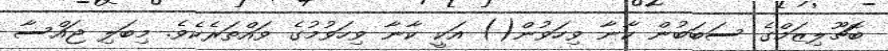
ބޮޗޫލިޒަމްގެ ސަބަބުން ކާނާ ވިހަވުން() އަކީ ކާނާ ވިހަވުމުގެ ވައްތަރެކެވެ. މިބަލި ޖައްސާ